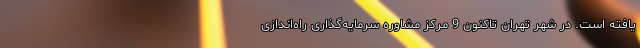
یافته است. در شهر تهران تاکنون 9 مرکز مشاوره سرمایه‌گذاری راه‌اندازی